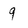
Character: 9